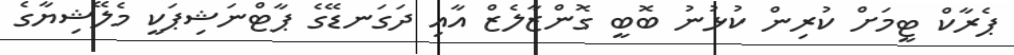
ޕެރާކް ޓީމަށް ކުރިން ކުޅުނު ބޮބީ ގޮންޒާލެޒް އާއި ދަގަނޑޭގެ ޕާޓްނަޝިޕަކީ މެލޭޝިޔާގެ